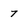
Character: 7